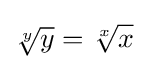
{\sqrt[{y}]{y}}={\sqrt[{x}]{x}}